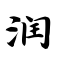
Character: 润